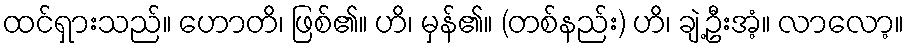
ထင်ရှားသည်။ ဟောတိ၊ ဖြစ်၏။ ဟိ၊ မှန်၏။ (တစ်နည်း) ဟိ၊ ချဲ့ဦးအံ့။ လာလော့။